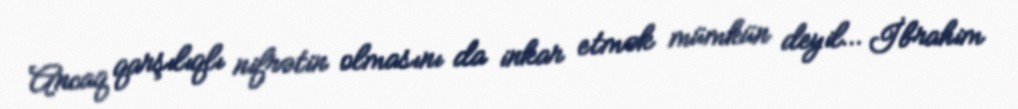
Ancaq qarşılıqlı nifrətin olmasını da inkar etmək mümkün deyil… İbrahim